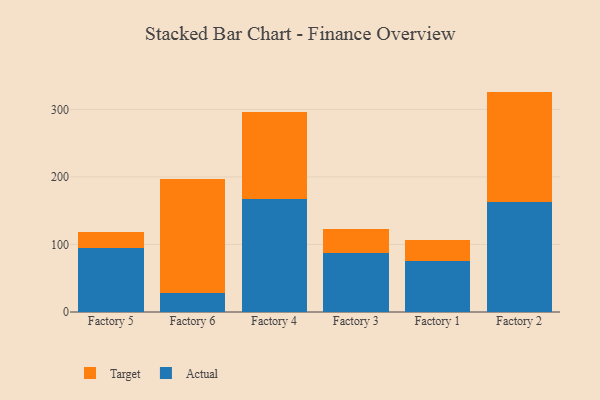
{"axis": {"x": "Factory", "y": "Inventory Turnover"}, "legend": ["Actual", "Target"], "data": [{"x": "Factory 5", "y": 94.4, "type": "Actual"}, {"x": "Factory 5", "y": 24.1, "type": "Target"}, {"x": "Factory 6", "y": 27.8, "type": "Actual"}, {"x": "Factory 6", "y": 169.2, "type": "Target"}, {"x": "Factory 4", "y": 167.1, "type": "Actual"}, {"x": "Factory 4", "y": 128.8, "type": "Target"}, {"x": "Factory 3", "y": 87.4, "type": "Actual"}, {"x": "Factory 3", "y": 36.1, "type": "Target"}, {"x": "Factory 1", "y": 75.2, "type": "Actual"}, {"x": "Factory 1", "y": 31.0, "type": "Target"}, {"x": "Factory 2", "y": 163.5, "type": "Actual"}, {"x": "Factory 2", "y": 162.8, "type": "Target"}]}